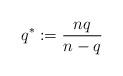
LaTeX: \begin{align*} q^*:=\displaystyle{\frac{nq}{n-q}} \end{align*}